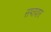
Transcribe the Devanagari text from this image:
सप्तवार